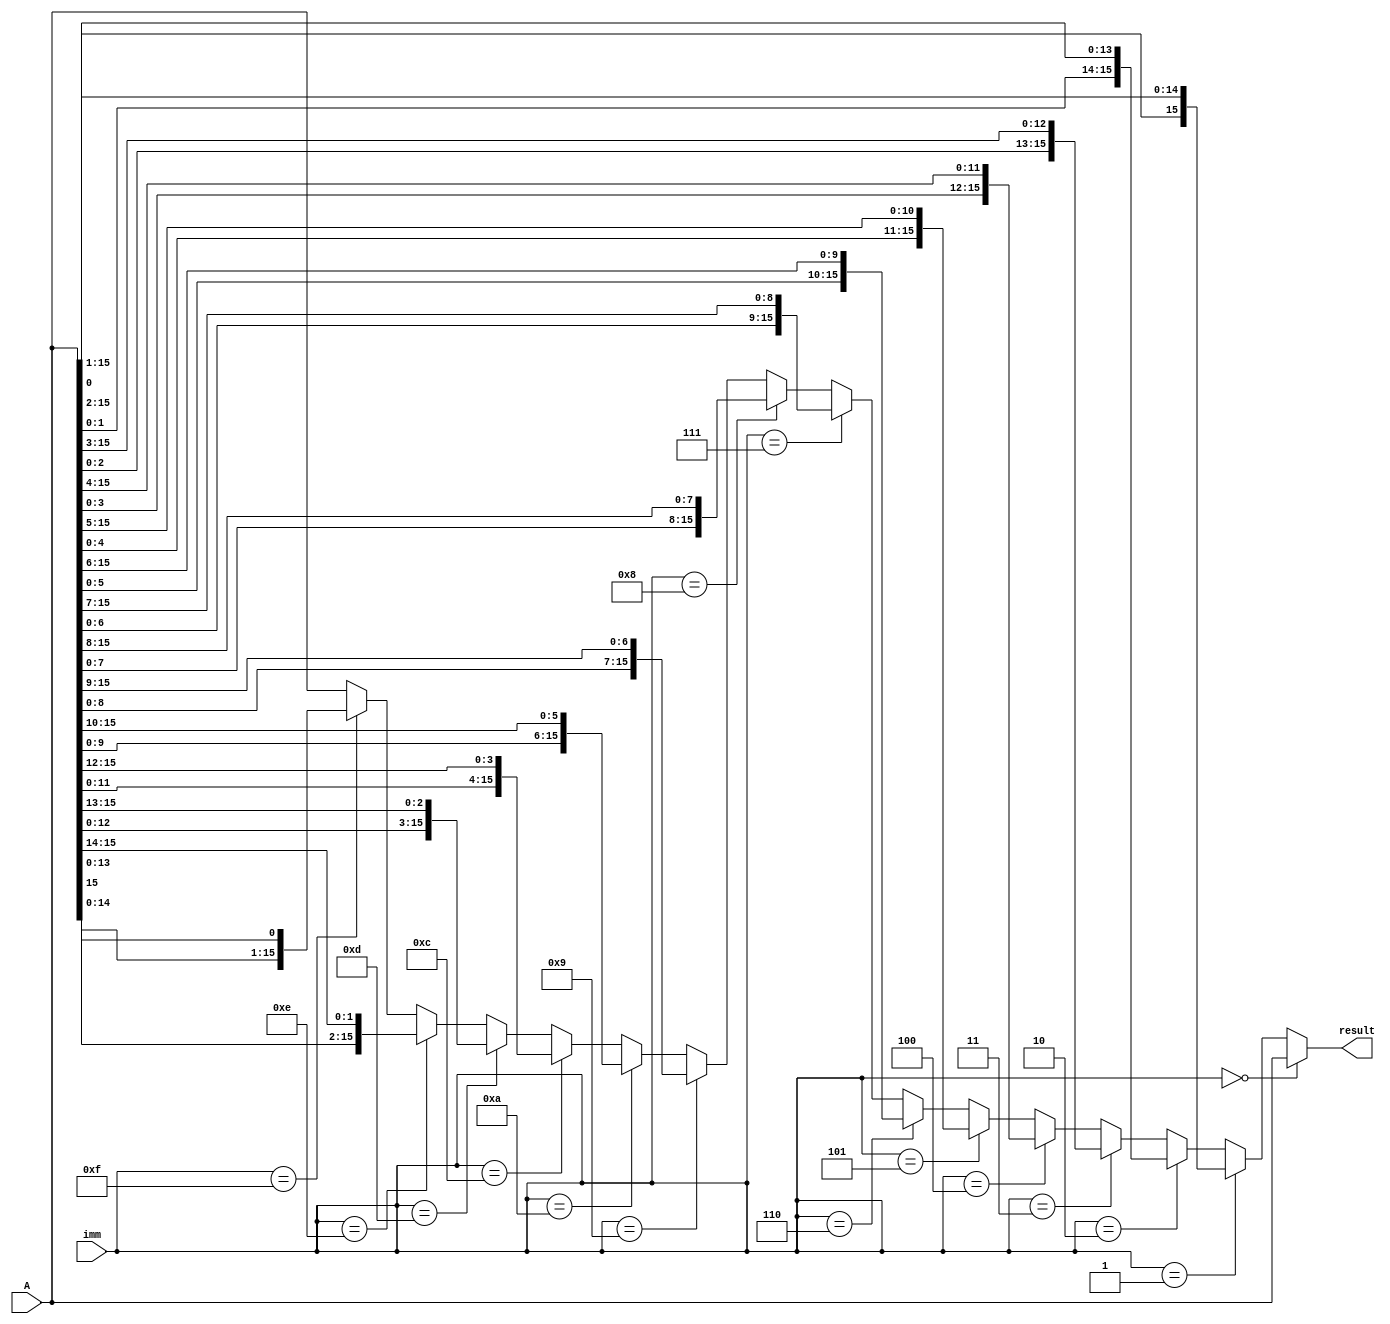

module ROR(result, A, imm); 

//16 bit input reg,4 bit immediate
input[15:0] A;
input[3:0] imm;

//16 bit output
output[15:0] result;

assign result = (imm == 4'b0000) ? A[15:0]:
		(imm == 4'b0001) ? {A[0],A[15:1]}:
		(imm == 4'b0010) ? {A[1:0],A[15:2]}:
		(imm == 4'b0011) ? {A[2:0],A[15:3]}:
		(imm == 4'b0100) ? {A[3:0],A[15:4]}:
		(imm == 4'b0101) ? {A[4:0],A[15:5]}:
		(imm == 4'b0110) ? {A[5:0],A[15:6]}:
		(imm == 4'b0111) ? {A[6:0],A[15:7]}:
		(imm == 4'b1000) ? {A[7:0],A[15:8]}:
		(imm == 4'b1001) ? {A[8:0],A[15:9]}:
		(imm == 4'b1010) ? {A[9:0],A[15:10]}:
		(imm == 4'b1010) ? {A[10:0],A[15:11]}:
		(imm == 4'b1100) ? {A[11:0],A[15:12]}:
		(imm == 4'b1101) ? {A[12:0],A[15:13]}:
		(imm == 4'b1110) ? {A[13:0],A[15:14]}:
		(imm == 4'b1111) ? {A[14:0],A[15]}:
		A[15:0]; 
		




endmodule